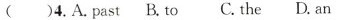
()4.A.past B.to C.the D.an